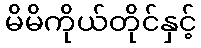
မိမိကိုယ်တိုင်နှင့်